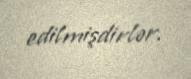
edilmişdirlər.